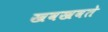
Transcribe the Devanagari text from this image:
खवखवते